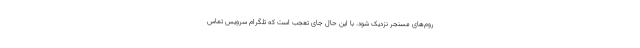
روم‌های مسنجر نزدیک شود. با این حال جای تعجب است که تلگرام سرویس تماس